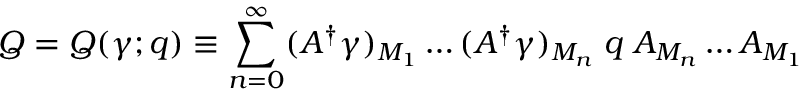
Q = Q ( \gamma ; q ) \equiv \sum _ { n = 0 } ^ { \infty } ( A ^ { \dagger } \gamma ) _ { M _ { 1 } } \ldots ( A ^ { \dagger } \gamma ) _ { M _ { n } } \; q \; A _ { M _ { n } } \ldots A _ { M _ { 1 } }